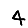
Digit: 4